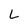
Character: L